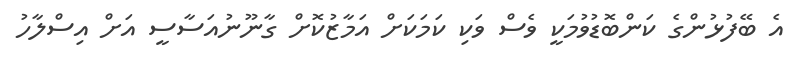
އެ ބޭފުޅުންގެ ކަންބޮޑުވުމަކީ ވެސް ވަކި ކަމަކަށް އަމާޒުކޮށް ގާނޫނުއަސާސީ އަށް އިސްލާހު